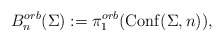
\begin{align*}B_n^{orb}(\Sigma) := \pi_1^{orb}({\rm Conf}(\Sigma, n)),\end{align*}